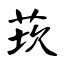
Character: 莰